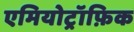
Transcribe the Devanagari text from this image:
एमियोट्रॉफ़िक